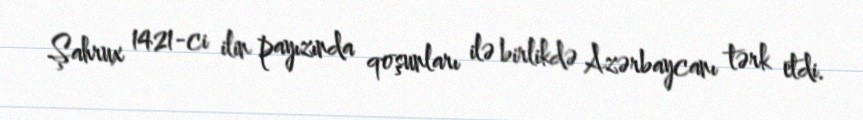
Şahrux 1421-ci ilin payızında qoşunları ilə birlikdə Azərbaycanı tərk etdi.